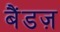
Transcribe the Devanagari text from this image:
बैंडज़